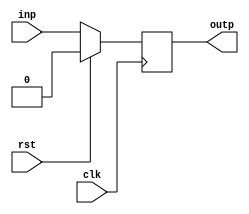
module dff_1#(
    parameter WIDTH = 1
  ) (
    input wire clk,
    input wire rst,
    input wire [WIDTH-1:0] inp,
    output reg [WIDTH-1:0] outp
  );
  always @(posedge clk) begin
    outp <= rst ? 0 : inp;
  end
endmodule